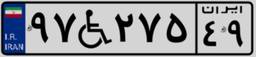
۹۷W۲۷۵۴۹